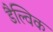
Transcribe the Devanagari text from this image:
डैल्विक